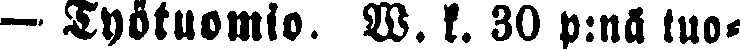
- Työtuomio. W. k. 30 p:nä tuo-